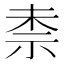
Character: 𮁤